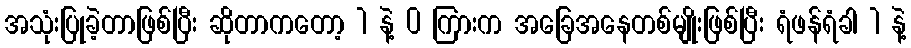
အသုံးပြုခဲ့တာဖြစ်ပြီး ဆိုတာကတော့ 1 နဲ့ 0 ကြားက အခြေအနေတစ်မျိုးဖြစ်ပြီး ရံဖန်ရံခါ 1 နဲ့